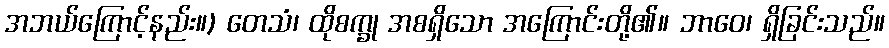
အဘယ်ကြောင့်နည်း။) တေသံ၊ ထိုစက္ခု အစရှိသော အကြောင်းတို့၏။ ဘာဝေ၊ ရှိခြင်းသည်။